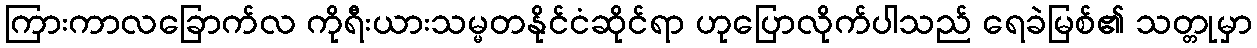
ကြားကာလခြောက်လ ကိုရီးယားသမ္မတနိုင်ငံဆိုင်ရာ ဟုပြောလိုက်ပါသည် ရေခဲမြစ်၏ သတ္တုမှာ